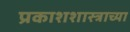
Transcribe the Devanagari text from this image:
प्रकाशशास्त्राच्या